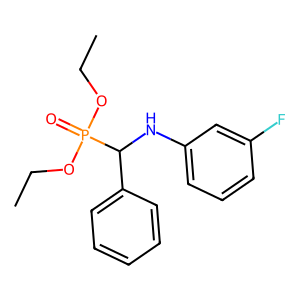
SMILES: CCOP(=O)(OCC)C(Nc1cccc(F)c1)c1ccccc1
Inhibits HIV replication: No